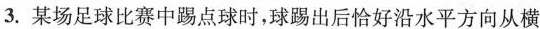
3.某场足球比赛中踢点球时，球踢出后恰好沿水平方向从横